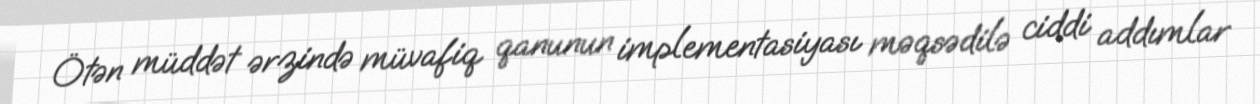
Ötən müddət ərzində müvafiq qanunun implementasiyası məqsədilə ciddi addımlar